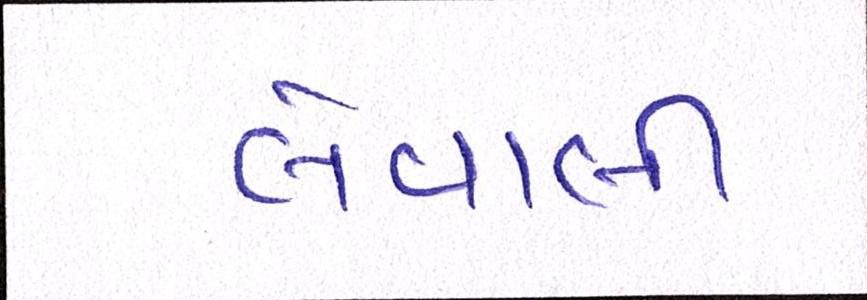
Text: લેવાલીઃ